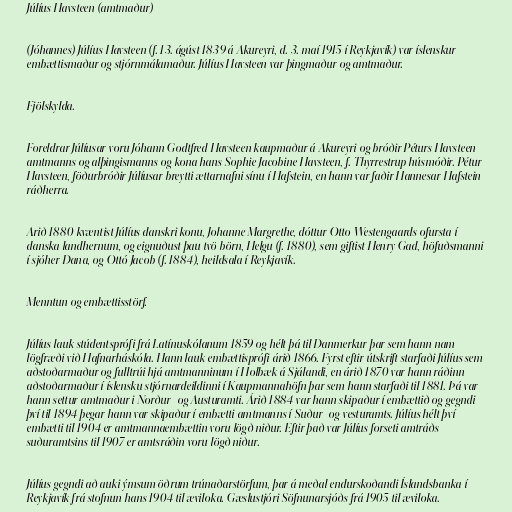
Júlíus Havsteen (amtmaður)

(Jóhannes) Júlíus Havsteen (f. 13. ágúst 1839 á Akureyri, d. 3. maí 1915 í Reykjavík) var íslenskur
embættismaður og stjórnmálamaður. Júlíus Havsteen var þingmaður og amtmaður.

Fjölskylda.

Foreldrar Júlíusar voru Jóhann Godtfred Havsteen kaupmaður á Akureyri og bróðir Péturs Havsteen
amtmanns og alþingismanns og kona hans Sophie Jacobine Havsteen, f. Thyrrestrup húsmóðir. Pétur
Havsteen, föðurbróðir Júlíusar breytti ættarnafni sínu í Hafstein, en hann var faðir Hannesar Hafstein
ráðherra.

Arið 1880 kvæntist Júlíus danskri konu, Johanne Margrethe, dóttur Otto Westengaards ofursta í
danska landhernum, og eignuðust þau tvö börn, Helgu (f. 1880), sem giftist Henry Gad, höfuðsmanni
í sjóher Dana, og Ottó Jacob (f. 1884), heildsala í Reykjavík.

Menntun og embættisstörf.

Júlíus lauk stúdentsprófi frá Latínuskólanum 1859 og hélt þá til Danmerkur þar sem hann nam
lögfræði við Hafnarháskóla. Hann lauk embættisprófi árið 1866. Fyrst eftir útskrift starfaði Júlíus sem
aðstoðarmaður og fulltrúi hjá amtmanninum í Holbæk á Sjálandi, en árið 1870 var hann ráðinn
aðstoðarmaður í íslensku stjórnardeildinni í Kaupmannahöfn þar sem hann starfaði til 1881. Þá var
hann settur amtmaður i Norður- og Austuramti. Árið 1884 var hann skipaður í embættið og gegndi
því til 1894 þegar hann var skipaður í embætti amtmanns í Suður- og vesturamts. Júlíus hélt því
embætti til 1904 er amtmannaembættin voru lögð niður. Eftir það var Júlíus forseti amtráðs
suðuramtsins til 1907 er amtsráðin voru lögð niður.

Júlíus gegndi að auki ýmsum öðrum trúnaðarstörfum, þar á meðal endurskoðandi Íslandsbanka í
Reykjavík frá stofnun hans 1904 til æviloka. Gæslustjóri Söfnunarsjóðs frá 1905 til æviloka.